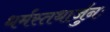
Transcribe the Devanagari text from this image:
धर्मस्तथार्जुनः